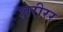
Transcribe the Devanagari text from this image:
शरीरर